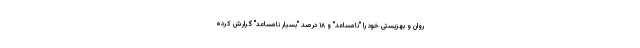
روان و بهزیستی خود را "نامساعد" و ۱۸ درصد "بسیار نامساعد" گرارش کرده